Scottish Certificate of Education, 1963
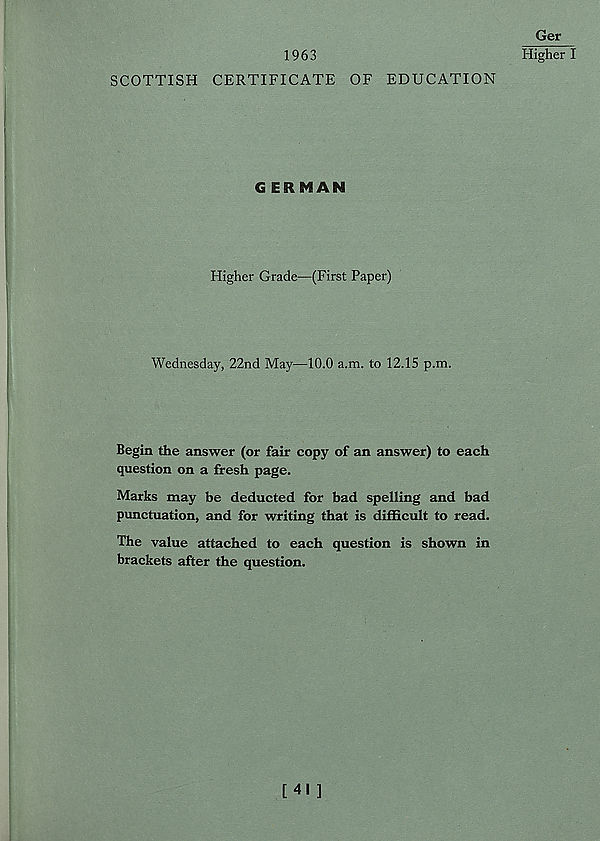
1963
Ger
Higher I
SCOTTISH CERTIFICATE OF EDUCATION
GERMAN
Higher Grade—(First Paper)
Wednesday, 22nd May—10.0 a.m. to 12.15 p.m.
Begin the answer (or fair copy of an answer) to each
question on a fresh page.
Marks may be deducted for bad spelling and bad
punctuation, and for writing that is difficult to read.
The value attached to each question is shown in
brackets after the question.
[41 ]